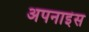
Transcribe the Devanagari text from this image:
अपनाइंस